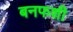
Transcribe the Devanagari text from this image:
बनफशी